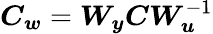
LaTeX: \boldsymbol{C_{w}}=\boldsymbol{W_{y}}\boldsymbol{C}\boldsymbol{W}_{\boldsymbol{u}}^{-1}